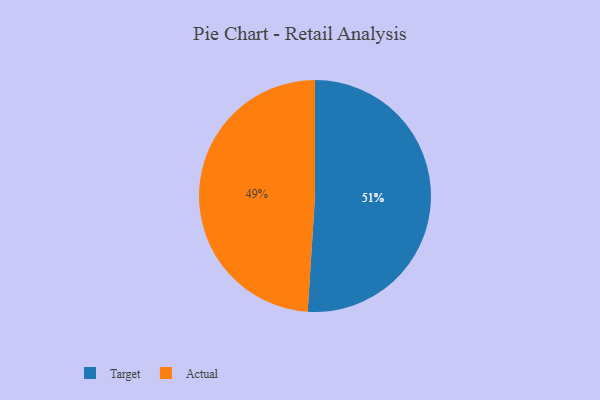
{"axis": {"x": "Category", "y": "Percentage"}, "legend": ["Actual", "Target"], "data": [{"x": "Actual", "y": 49, "type": "Actual"}, {"x": "Target", "y": 51, "type": "Target"}]}